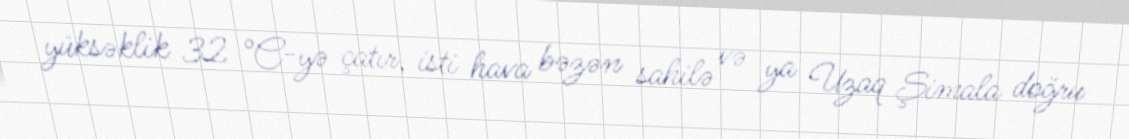
yüksəklik 32 °C-yə çatır, isti hava bəzən sahilə və ya Uzaq Şimala doğru